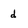
Character: d